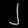
Digit: ၂